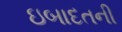
ઇબાદતની